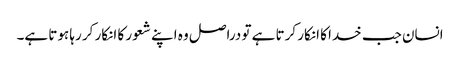
انسان جب خدا کا انکار کرتا ہے تو دراصل وہ اپنے شعور کا انکار کر رہا ہوتا ہے۔